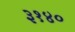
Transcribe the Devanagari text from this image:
३१४०